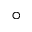
^ \circ